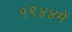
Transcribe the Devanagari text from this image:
१९४४में